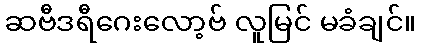
ဆဗီဒရီဂေးလော့ဗ် လူမြင် မခံချင်။